system: You are a helpful assistant.
user:
Analyze the provided spectrum to determine if it is a **S-type Star**.

- **Key Indicators for S-type Star:**

    - **(Overall Spectrum Shape):** The first and most obvious characteristic is the overall continuum (the "baseline" shape). It is **extremely "red-sloping,"** meaning the flux (light intensity) is very low on the left side (blue, ~4000-4500 Å) and rises steeply and continuously toward the right side (red, ~7000 Å+).

    - **(Primary):** The spectrum is defined by the presence of strong, broad molecular absorption "valleys" (bands) from **Zirconium Oxide (ZrO)**. The identification of these bands is the **primary requirement** for classifying a star as S-type.
        - **(Key Bandheads):** You must find distinct, deep "dips" where the light has been absorbed. The most critical band systems to locate are:
            - **~6474 Å** ($\gamma$-system): This is often the strongest and clearest ZrO feature, found in the red part of the spectrum.
            - **~5718 Å** & **~5551 Å** ($\beta$-system): A pair of prominent absorption features in the yellow-orange part of the spectrum.
            - **~4640 Å** ($\alpha$-system): A key absorption band system in the blue-green region of the spectrum.

    - **(Secondary Confirmation):** The classification is strengthened by finding additional absorption bands from other related heavy element oxides, which are expected to be present alongside ZrO.
        - **(Key Bandheads):**
            - **Yttrium Oxide (YO):** Look for absorption dips near **~4800 Å** and **~6100 Å**.
            - **Lanthanum Oxide (LaO):** Additional absorption features, particularly in the red-orange part of the spectrum, are also characteristic.

    - **(Line Profile):** The combination of the steep red continuum and these numerous, deep molecular bands (ZrO, YO, etc.) gives the entire spectrum a very **"chopped-up"** or **"bumpy"** appearance. Instead of a smooth curve, the spectrum looks as though large, wide chunks of light have been "carved out" of it at the specific wavelengths listed above.

Think first, call **spectral_visualization_tool** if needed to examine features in detail, then provide your final answer. Your response must adhere to the following strict rules:
1.  **Overall Structure:** Your response must follow the format `<think>...</think> <tool_call>...</tool_call> (if a tool is used) <answer>...</answer>`.
2.  **Tool Usage Constraint:** You may only make **one** tool call per turn.
3.  **Final Answer Format:** In the `<answer>` tag, your conclusion must be inside a `\boxed{}` command (e.g., `\boxed{YES}` or `\boxed{NO}`), followed by your justification.

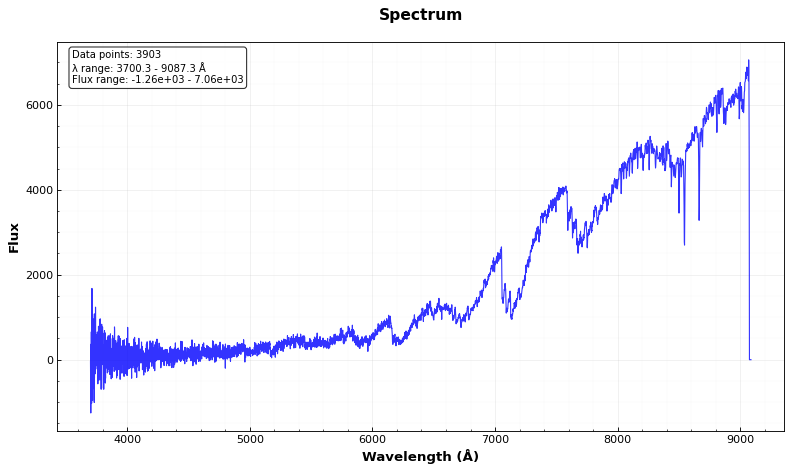
Answer: YES